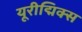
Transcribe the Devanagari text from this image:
यूरीद्मिक्स